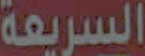
السريعة